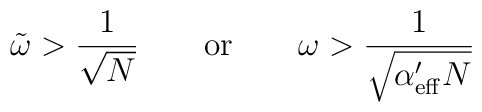
\tilde{\omega }>\frac{1}{\sqrt{N}}\qquad {\rm or} \qquad \omega >\frac{1}{\sqrt{\alpha '_{\rm eff}N}}